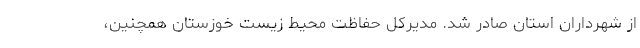
از شهرداران استان صادر شد. مدیرکل حفاظت محیط زیست خوزستان همچنین،